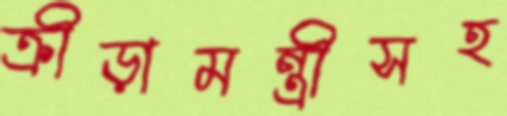
ক্রীড়ামন্ত্রীসহ